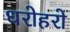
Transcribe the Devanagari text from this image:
धरोहरो